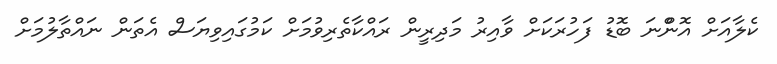
ކެލާއަށްް އޮންްނަ ބޮޑު ފަހުރަކަށް ވާއިރު މަދިރީން ރައްކާތެރިވުމަށް ކަމުގައިވިޔަސް އެތަން ނައްތާލުމަށް